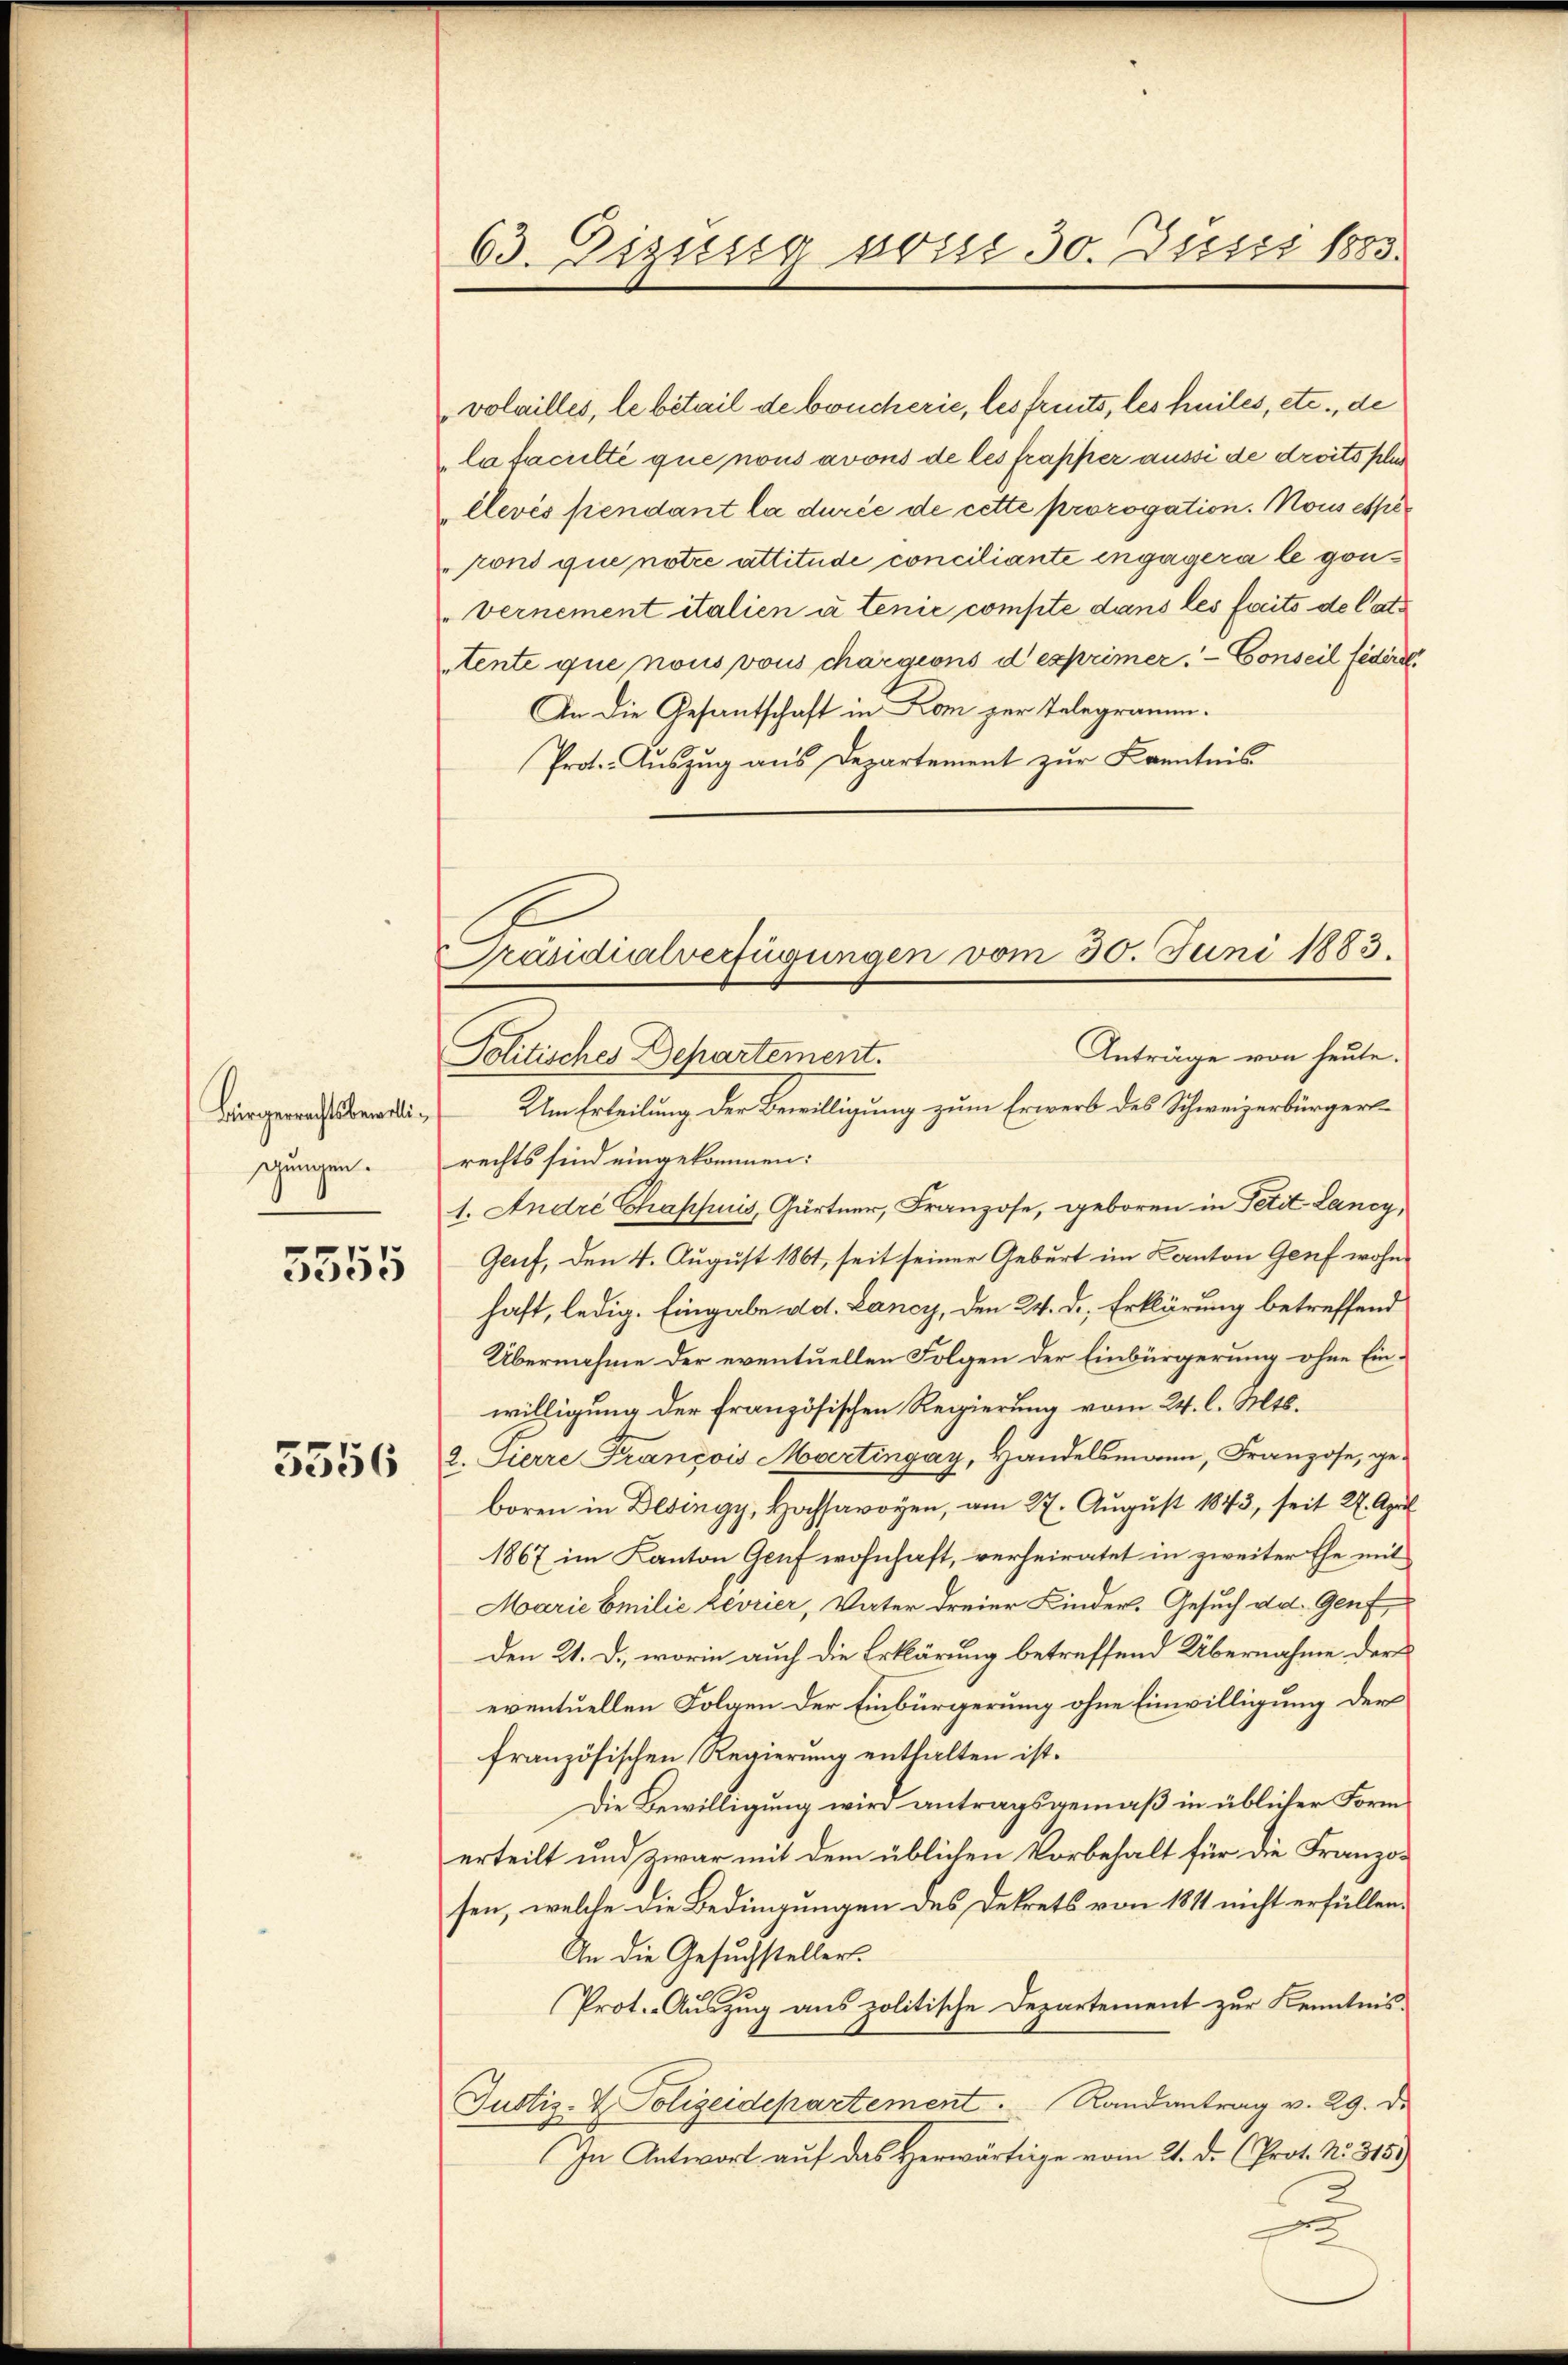
Bürgerrechtsbewillidungen.
¬

5555

5556

63. Zizung voisi 30. Justi 1883.

volailles, le bétail de boucherie, les freits, les heiles, etc., de
la faculté que nous avous de les frapper aussi de droits plus
élevés pendant la durée de cette prorogation. Nous espè
pons que notre attitude conciliante engagera le gön¬
Vernement italien à tenie compte dans les faits de lattente que nous vous chargions d exprimer. - Conseil fédéral
An die Gesantschaft in Lom zur Telegramm.
Prot. Auszug aus Departement zur Kenntnis
Anträge von heute.
Politische Departement.
Um Erteilung der Bewilligung zum Erwerb des Schweizerbürgers
rechts sind eingekommen:
1. André Chapsuis, Gärtner, Franzose, geboren in Petit Lancy,
Genf, den 4. August 1861, seit seiner Geburt im Kanton Genf wohnhaft, ledig. Eingabe dd. Lancy, den 24. d. Erklärung betreffend
Übernahme der eventuellen Folgen der Einbürgerung ohne Einwilligung der französischen Regierung vom 24. l. Mts.
2. Ferre François Martingay, Handelsmann, Franzose, geboren in Desingy, Hochsavoyen, am 27. August 1843, seit 2. April
1867 im Kanton Genf wohnhaft, verheiratet in zweiter Ehe mit
Marie Emilie zevrier, Vater dreier Kinder. Gesuch dd. Genf
Den 21. D., worin auch die Erklärung betreffend Übernahme der
eventuellen Folgen der Einbürgerung ohne Einwilligung der
französischen Regierung enthalten ist.
Die Bewilligung wird antragsgemäß in üblicher Form
erteilt und zwar mit dem üblichen Vorbehalt für die Franzos
sen, welche die Bedingungen des Dekrets von 1811 nicht erfüllen.
An die Gesuchsteller.
Prot. Auszug aus politische Departement zur Kenntnis-
Justiz- & Polizeidepartement. Randantrag v. 29. De
In Antwort auf das Herwärtige vom 21. d. (Prot. No. 315.)
2

Präsidialverfügungen vom 30. Juni 1883.